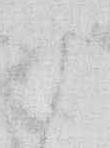
御